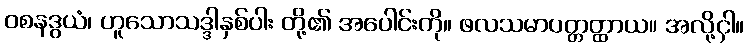
ဝစနဒွယံ၊ ဟူသောသဒ္ဒါနှစ်ပါး တို့၏ အပေါင်းကို။ ဖလသမာပတ္တတ္ထာယ။ အလို့ငှါ။